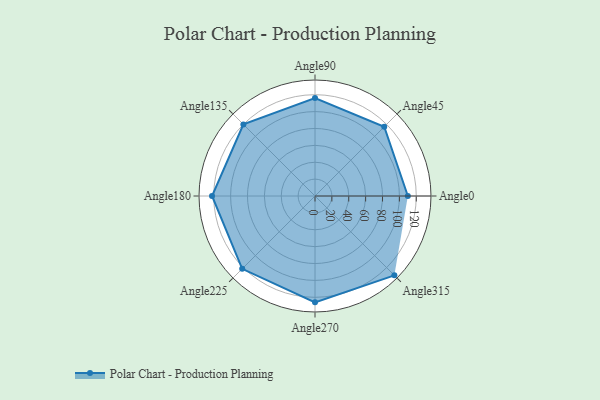
{"axis": {"x": "Angle", "y": "Radius"}, "legend": [""], "data": [{"x": "Angle0", "y": 110.0, "type": ""}, {"x": "Angle45", "y": 116.0, "type": ""}, {"x": "Angle90", "y": 116.0, "type": ""}, {"x": "Angle135", "y": 120.0, "type": ""}, {"x": "Angle180", "y": 122.0, "type": ""}, {"x": "Angle225", "y": 122.0, "type": ""}, {"x": "Angle270", "y": 126.0, "type": ""}, {"x": "Angle315", "y": 133.0, "type": ""}]}